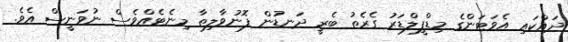
ދައްކައި އެވަޓަންގެ މިޑްފީލްޑަރު ގެރެތު ބެރީ ދަނޑުން ފޮނުވާލިތާ މިނެޓެއްވެސް ނުވަނީސް އެވެ.